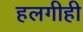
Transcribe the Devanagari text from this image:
हलगीही